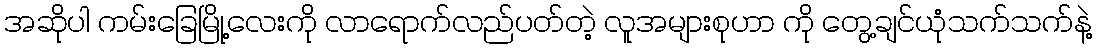
အဆိုပါ ကမ်းခြေမြို့လေးကို လာရောက်လည်ပတ်တဲ့ လူအများစုဟာ ကို တွေ့ချင်ယုံသက်သက်နဲ့